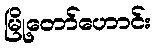
မြို့တော်ဟောင်း